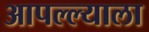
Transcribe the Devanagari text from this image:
आपल्ल्याला